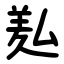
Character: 㕗